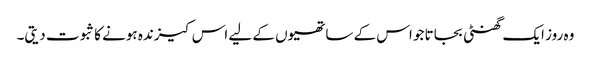
وہ روز ایک گھنٹی بجاتا جو اس کے ساتھیوں کے لیے اس کیزندہ ہونے کا ثبوت دیتی۔